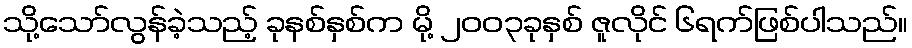
သို့သော်လွန်ခဲ့သည့် ခုနစ်နှစ်က မို့ ၂၀၀၃ခုနှစ် ဇူလိုင် ၆ရက်ဖြစ်ပါသည်။